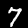
Digit: 7